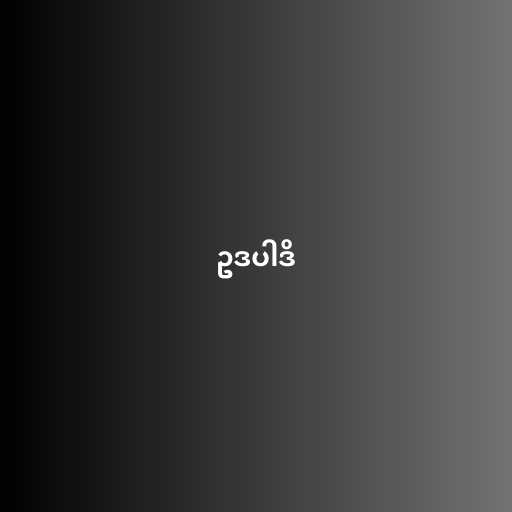
ဥဒပါဒိ